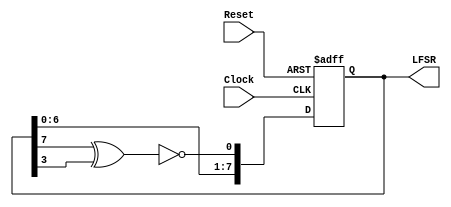
`timescale 1ns/1ps
`define OUTLENGTH 8

module PRBS_Gen (
	input 							Clock,
	input 							Reset,
	output reg [`OUTLENGTH-1:0]  	LFSR  
);


always @(posedge Clock or negedge Reset) begin 
	if(~Reset) begin
		LFSR <= 0;
	end else begin
		LFSR <= { LFSR[`OUTLENGTH-1:0], ~(LFSR[`OUTLENGTH-1] ^ LFSR[`OUTLENGTH/2-1]) } ;
		$display("Monitor %h",LFSR);

	end
end
endmodule